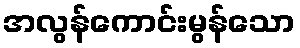
အလွန်ကောင်းမွန်သော